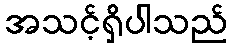
အသင့်ရှိပါသည်